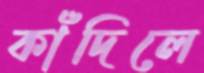
কাঁদিলে